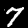
Digit: 7